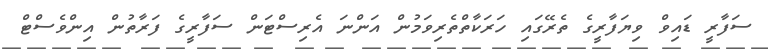
ސަފާރީ ޑައިވް ވިޔަފާރީގެ ތެރޭގައި ހަރަކާތްތެރިވަމުން އަންނަ އެރިސްޓަން ސަފާރީގެ ފަރާތުން އިންވެސްޓް